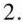
2.